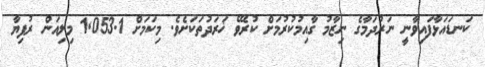
ކަނޑައަޅާފައިވާނީ ނަރުދަމާގެ ނިޒާމު ގާއިމުކުރުމަށް ކުރެވޭ ޚަރަދުތަކަށެވެ. މިކަމަށް 1